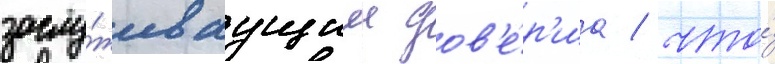
заслу́живаущим дов'е́р'иа / что́